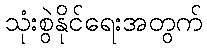
သုံးစွဲနိုင်ရေးအတွက်